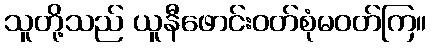
သူတို့သည် ယူနီဖောင်းဝတ်စုံမဝတ်ကြ။